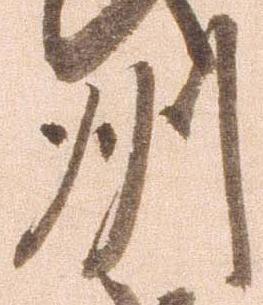
州